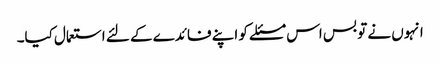
انہوں نے تو بس اس مسئلے کو اپنے فائدے کے لئے استعمال کیا۔